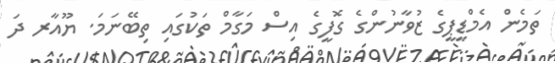
ތަމެން އެމްޑީޕީގެ ޒުވާނުންގެ ގޮފީގެ އިސް މަގާމް ތަކުގައި ތިބޭނަމަ. ޔޫއާރ ދަ